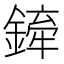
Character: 𫒻